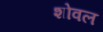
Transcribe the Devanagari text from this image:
शोवल